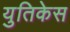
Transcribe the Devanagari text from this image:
युतिकेस